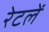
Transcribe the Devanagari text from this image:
रेटलें